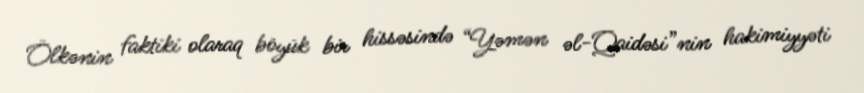
Ölkənin faktiki olaraq böyük bir hissəsində “Yəmən əl-Qaidəsi”nin hakimiyyəti